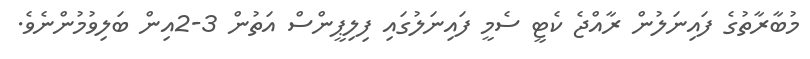
މުބާރާތުގެ ފައިނަލުން ރާއްޖެ ކެޓީ ސެމީ ފައިނަލުގައި ފިލިޕީންސް އަތުން 3-2އިން ބަލިވުމުންނެވެ.